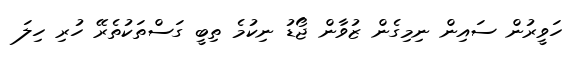
ހަވީރުން ސައިން ނިމިގެން ޒުވާން ޖޯޑު ނިކުމެ ތިބީ ގަސްތަކުތެރޭ ހުރި ހިލަ